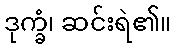
ဒုက္ခံ၊ ဆင်းရဲ၏။